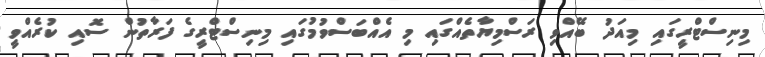
މިނިސްޓްރީގައި މިއަދު ބޭއްވި ރަސްމިޔާތެއްގައި މި އެއްބަސްވުމުގައި މިނިސްޓްރީގެ ފަރާތުން ސޮއި ކުރެއްވީ